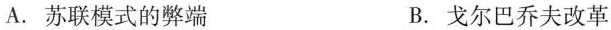
A.苏联模式的弊端 B.戈尔巴乔夫改革